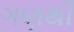
ગણથી